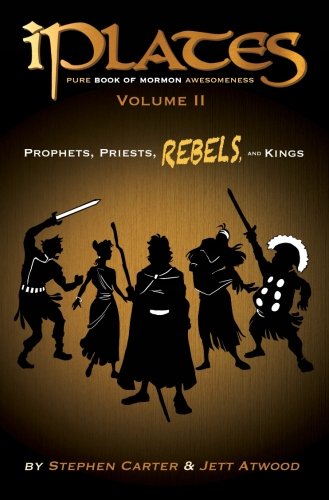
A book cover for iPlates Volume 2: Prophets, Priests, Rebels, and Kings: Book of Mormon Comics; Stephen Carter; Comics & Graphic Novels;